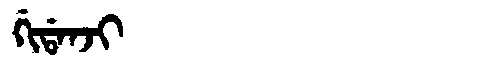
Manchu: ᡤᡳᡩᠠᠨᠵᡳ
Romanization: GIDANJI